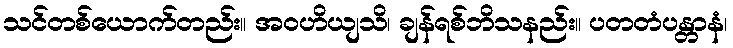
သင်တစ်ယောက်တည်း။ အဝဟိယျသိ၊ ချန်ရစ်ဘိသနည်း။ ပတတံပန္တာနံ၊